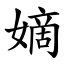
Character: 嫡